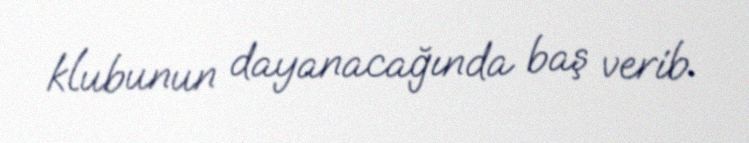
klubunun dayanacağında baş verib.